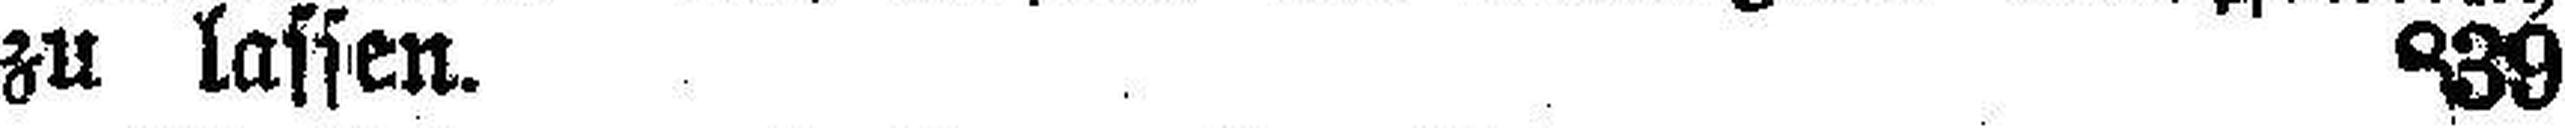
zu lassen. 339